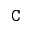
\mathtt { C }